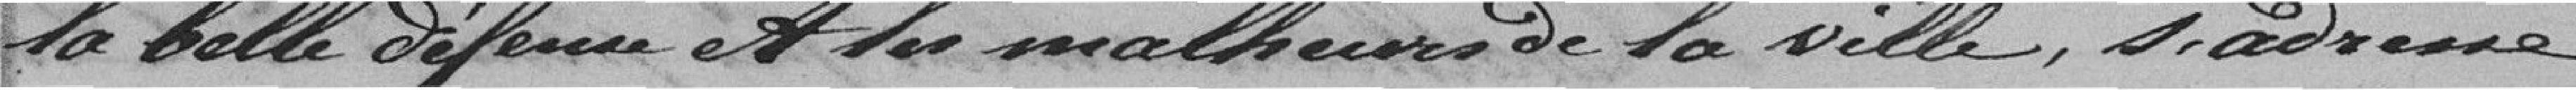
Ta belle difeurs et de malheuresDe la ville, s'adresse